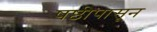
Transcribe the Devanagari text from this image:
षष्ठीपासून